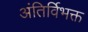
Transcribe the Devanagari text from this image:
अंतिर्विभक्त